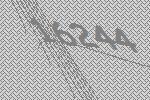
16244